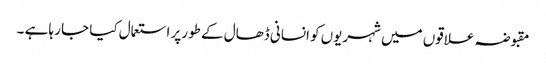
مقبوضہ علاقوں میں شہریوں کو انسانی ڈھال کے طورپر استعمال کیا جا رہا ہے ۔